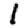
Digit: 1